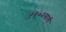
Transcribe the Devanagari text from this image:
१९०२साली